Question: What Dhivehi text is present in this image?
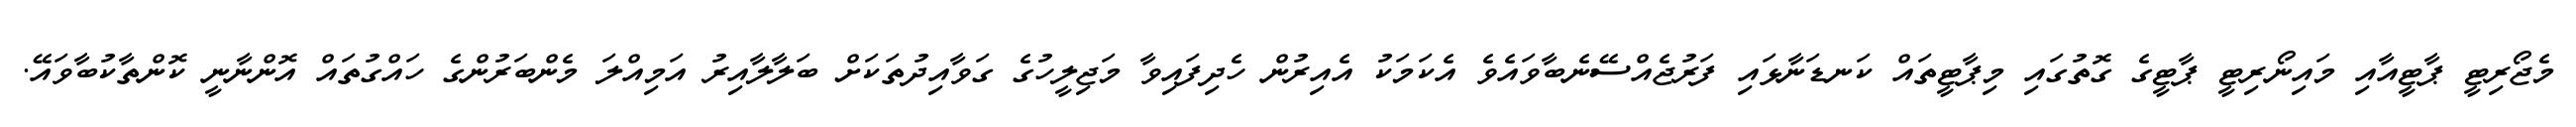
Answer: މެޖޯރިޓީ ޕާޓީއާއި މައިނޯރިޓީ ޕާޓީގެ ގޮތުގައި މިޕާޓީތައް ކަނޑަނާޅައި ފަރުޖެއްސޭނެބާވައެވެ އެކަމަކު އެއިރުން ހެދިފައިވާ މަޖިލީހުގެ ގަވާއިދުތަކަށް ބަލާލާއިރު އަމިއްލަ މެންބަރުންގެ ހައްގުތައް އޮންނާނީ ކޮންތާކުބާވައޭ.